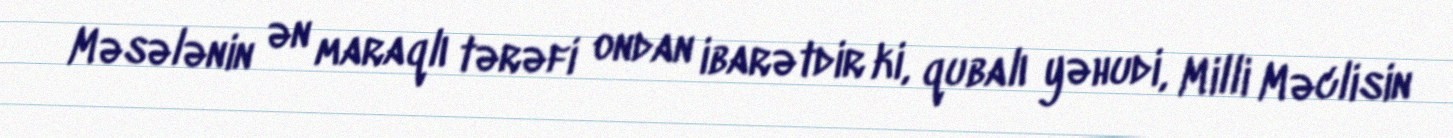
Məsələnin ən maraqlı tərəfi ondan ibarətdir ki, qubalı yəhudi, Milli Məclisin